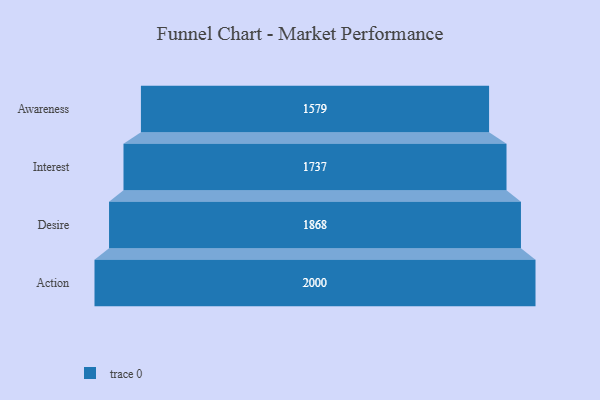
{"axis": {"x": "Stage", "y": "Value"}, "legend": [""], "data": [{"x": "Awareness", "y": 1579.0, "type": ""}, {"x": "Interest", "y": 1737.0, "type": ""}, {"x": "Desire", "y": 1868.0, "type": ""}, {"x": "Action", "y": 2000, "type": ""}]}